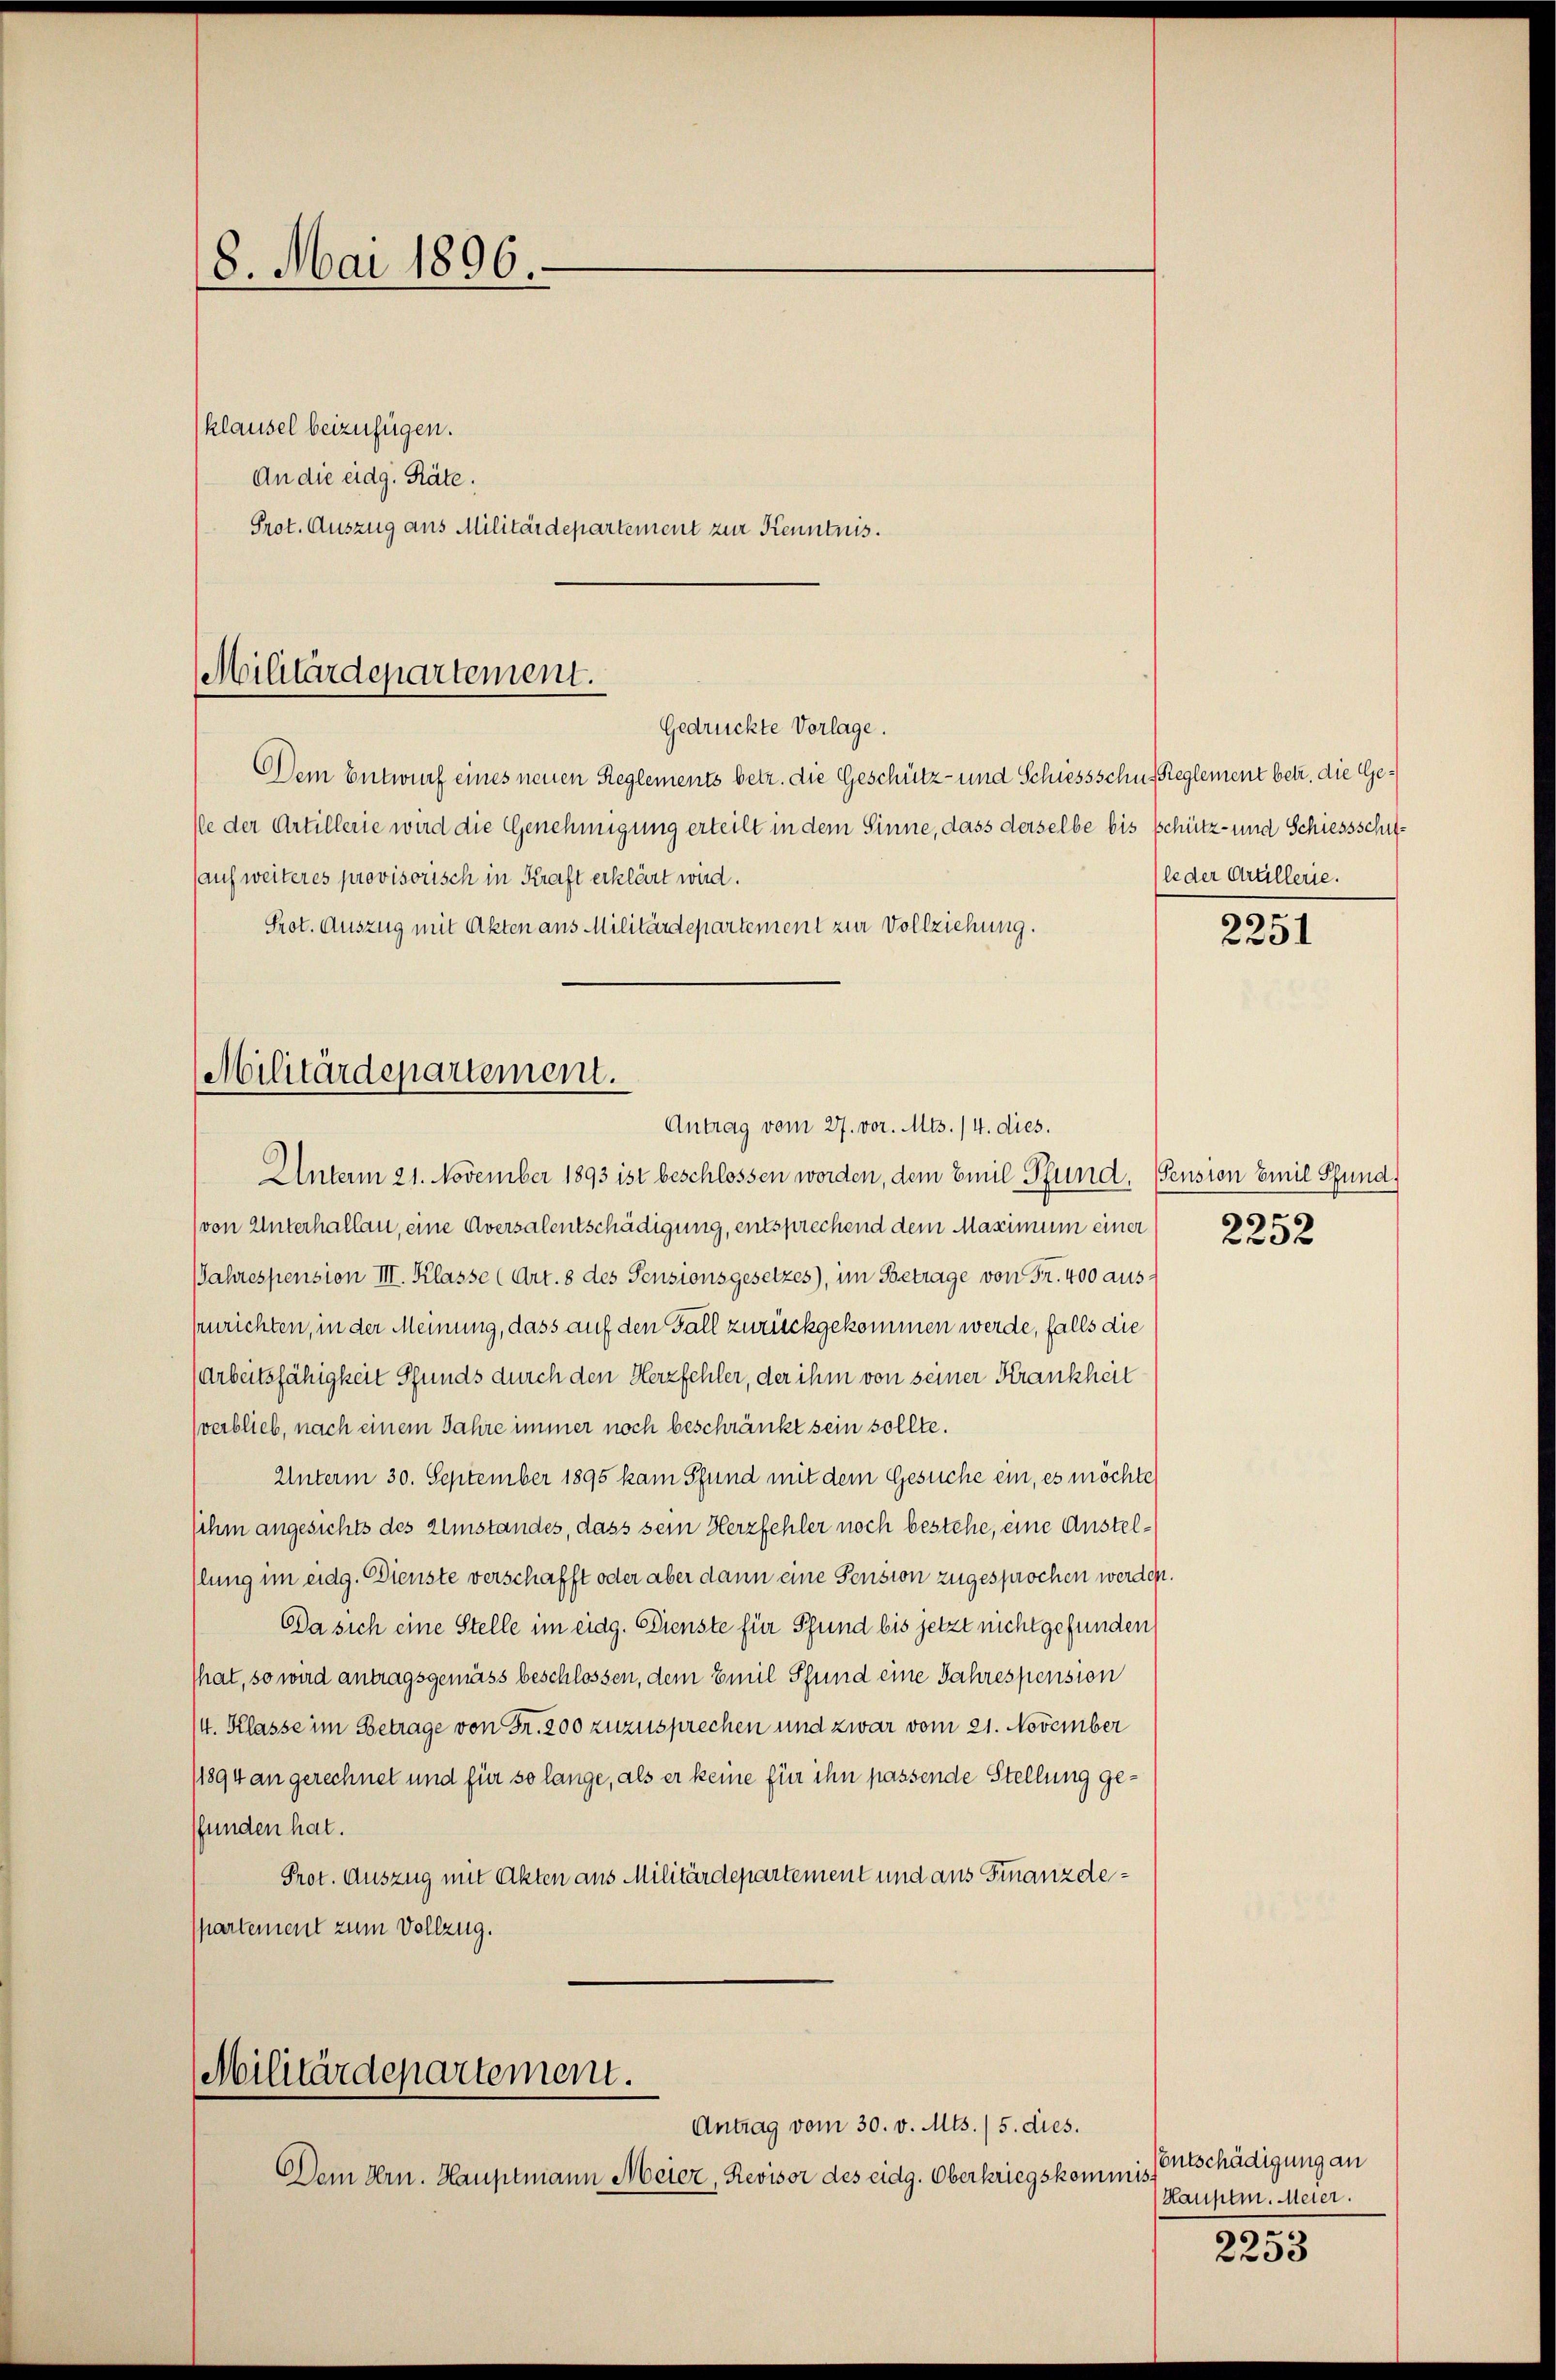
8. Mai 1896.

klausel beizufügen.
An die eidg. Räte.
Prot. Auszug aus Militärdepartement zur Kenntnis.

Militärdepartement.

Gedrückte Vorlage.
Dem Entwurf eines neuen Reglements betr. die Geschütz- und Schiessschus Reglement betr. die Gelle der Artillerie wird die Genehmigung erteilt in dem Sinne, dass derselbe bis schütz- und Schiessschu¬
(auf weiteres provisorisch in Kraft erklärt wird.
Prot. Auszug mit Akten aus Militärdepartement zur Vollziehung.

Dem Hrn. Hauptmann Meier, Revisor des eidg. Oberkriegskommis¬

Militärdepartement.
Antrag vom 27. vor. Mts. 14. dies.

Unterm 21. November 1893 ist beschlossen worden, dem Emil Pfund, Pension Emil Pfund
(von Unterhallan, eine Aversalentschädigung, entsprechend dem Maximum einer
Jahrespension III. Klasse (Art. 8 des Pensionsgesetzes), im Betrage von Fr. 400 auszurichten, in der Meinung, dass auf den Fall zurückgekommen werde, falls die
(Arbeitsfähigkeit Pfunds durch den Herzfehler, der ihm von seiner Krankheit
verblieb, nach einem Jahre immer noch beschränkt sein sollte.
Unterm 30. September 1895 kam Pfund mit dem Gesuche ein, es möchte
sihm angesichts des Umstandes, dass sein Herzfehler noch bestehe, eine Anstelslung im eidg. Dienste verschafft oder aber dann eine Pension zugesprochen werden.
Da sich eine Stelle im eidg. Dienste für Pfund bis jetzt nicht gefunden
That, so wird antragsgemäss beschlossen, dem Emil Pfund eine Jahrespension
/4. Klasse im Betrage von Fr. 200 zuzusprechen und zwar vom 21. November
/1894 an gerechnet und für so lange, als er keine für ihn passende Stellung ge¬
Pfunden hat.
Prot. Auszug mit Akten aus Militärdepartement und aus Finanzdespartement zum Vollzug.

Militärdepartement.
Antrag vom 30. v. Mts. /5. dies.

le der Artillerie.

2251

¬
2232

Entschädigung an
Hauptm. Meier.
397.

2233